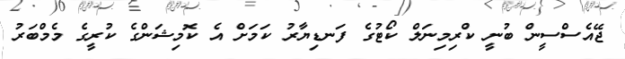
ޖޭއެސްސީން ބުނީ ކްރިމިނަލް ކޯޓުގެ ފަނޑިޔާރު ކަމަށް އެ ކޮމިޝަންގެ ކުރީގެ މެމްބަރު